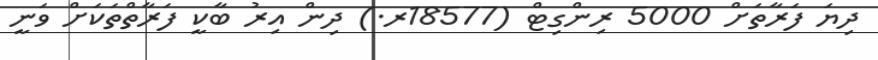
ދިޔަ ފަރާތަށް 5000 ރިންގިޓް (18577ރ.) ދިން އިރު ބާކީ ފަރާތްތަކަށް ވަނީ